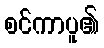
စင်ကာပူ၏